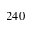
2 4 0